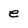
Character: e